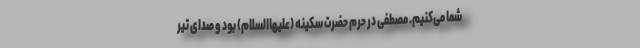
شما می‌کنیم. مصطفی در حرم حضرت سکینه (علیهاالسلام) بود و صدای تیر